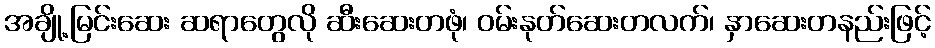
အချို့မြင်းဆေး ဆရာတွေလို ဆီးဆေးတဖုံ၊ ဝမ်းနုတ်ဆေးတလက်၊ နှာဆေးတနည်းဖြင့်